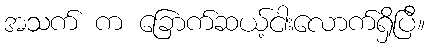
အသက် က ခြောက်ဆယ့်ငါးလောက်ရှိပြီ။